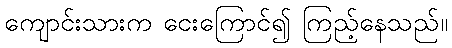
ကျောင်းသားက ငေးကြောင်၍ ကြည့်နေသည်။